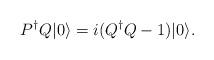
LaTeX: \begin{align*}P^{\dagger}Q|0\rangle=i(Q^{\dagger}Q-1)|0\rangle. \end{align*}